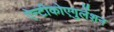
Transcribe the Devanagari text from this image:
ऐन्टीकोएगुलेंशन